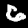
Label: 6